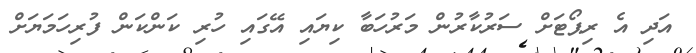
އަދި އެ ރިޕޯޓަށް ސަރުކާރުން މަރުހަބާ ކިޔައި އޭގައި ހުރި ކަންކަން ފުރިހަމަޔަށް